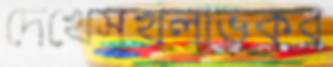
দেখেসুখলাভকর